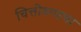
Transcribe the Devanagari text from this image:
चित्तोडगडचा